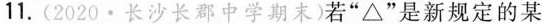
11.(2020▪长沙长郡中学期末)若 “\Delta”是新规定的某